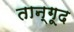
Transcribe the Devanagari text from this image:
तान्गूद